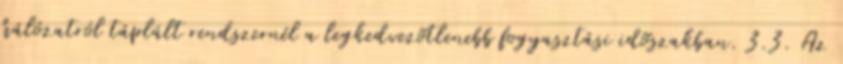
hálózatról táplált rendszernél a legkedvezõtlenebb fogyasztási idõszakban. 3.3. Az